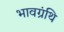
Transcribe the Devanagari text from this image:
भावग्रंथि